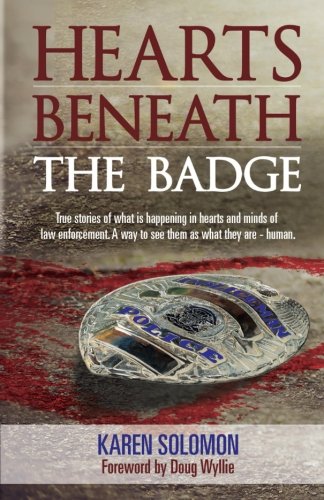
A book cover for Hearts Beneath the Badge; Karen Solomon; Biographies & Memoirs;